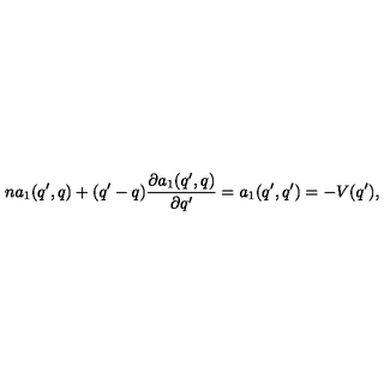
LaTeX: n a _ { 1 } ( q ^ { \prime } , q ) + ( q ^ { \prime } - q ) \frac { \partial a _ { 1 } ( q ^ { \prime } , q ) } { \partial q ^ { \prime } } = a _ { 1 } ( q ^ { \prime } , q ^ { \prime } ) = - V ( q ^ { \prime } ) ,